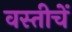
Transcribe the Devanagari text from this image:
वस्तीचें